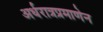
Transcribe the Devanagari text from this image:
अर्धरात्रप्रमाणेन